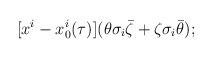
LaTeX: \begin{align*}[x^i-x_0^i (\tau)]( \theta\sigma_i \bar \zeta + \zeta\sigma_i \bar \theta); \end{align*}